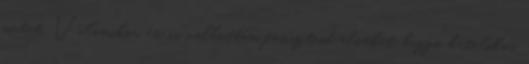
mutat. Valamikor én is vallottam fasisztoid elveket, buzgó katolikus